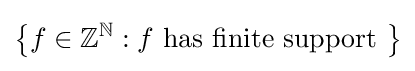
\left\{f\in \mathbb {Z} ^{\mathbb {N} }:f{\text{ has finite support }}\right\}